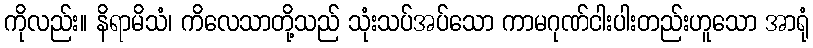
ကိုလည်း။ နိရာမိသံ၊ ကိလေသာတို့သည် သုံးသပ်အပ်သော ကာမဂုဏ်ငါးပါးတည်းဟူသော အာရုံ